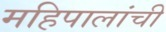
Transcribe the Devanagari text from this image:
महिपालांची